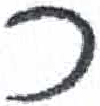
אות: כ